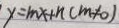
y = m x + n ( m \neq 0 )